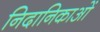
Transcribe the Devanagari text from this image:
निदानिकाओं